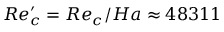
R e _ { c } ^ { \prime } = { R e _ { c } } / { H a } \approx 4 8 3 1 1